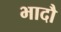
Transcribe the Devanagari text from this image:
भादौ